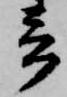
春